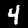
Label: 4